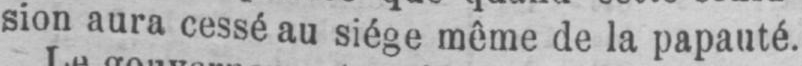
sion aura cessé au siège même de la papauté.